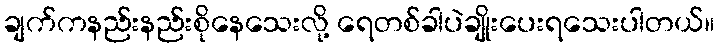
ချက်ကနည်းနည်းစိုနေသေးလို့ ရေတစ်ခါပဲချိုးပေးရသေးပါတယ်။